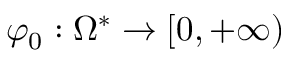
\varphi _ { 0 } : \Omega ^ { * } \rightarrow [ 0 , + \infty )